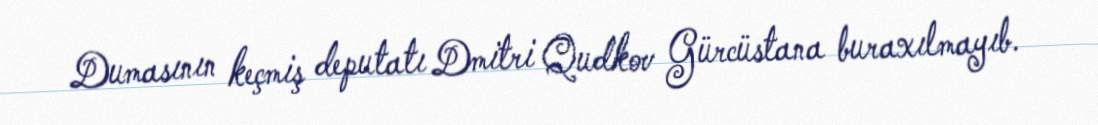
Dumasının keçmiş deputatı Dmitri Qudkov Gürcüstana buraxılmayıb.